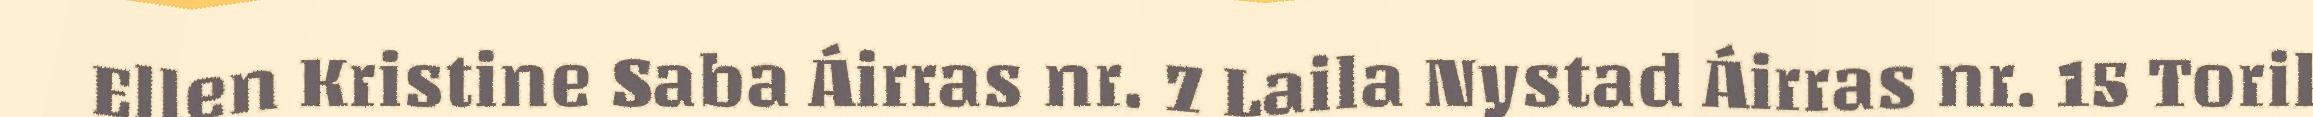
Ellen Kristine Saba Áirras nr. 7 Laila Nystad Áirras nr. 15 Toril